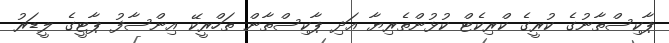
ޕާކިސްތާނުގެ ކުރީގެ ކްރިކެޓް ކުޅުންތެރިޔާ އަދި ޕާކިސްތާން ތަހްރީކޭ އިންސާފު ޕާޓީގެ ލީޑަރު